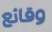
وقائع